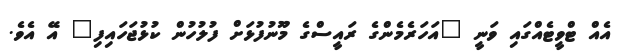
އެއް ޓްވީޓެއްގައި ވަނީ "އަހަރެމެންގެ ރައީސްގެ މޫނުފުޅަށް ފުލުހުން ކުޅުޖަހައިފި" އޭ އެވެ.